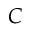
C